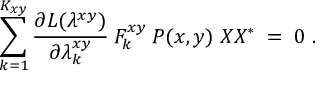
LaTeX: \sum _ { k = 1 } ^ { K _ { x y } } \frac { \partial { \cal { L } } ( \lambda ^ { x y } ) } { \partial \lambda _ { k } ^ { x y } } \: F _ { k } ^ { x y } \: P ( x , y ) \; X X ^ { * } \; = \; 0 \; .